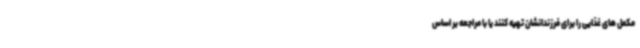
مکمل های غذایی را برای فرزندانشان تهیه کنند یا با مراجعه بر اساس